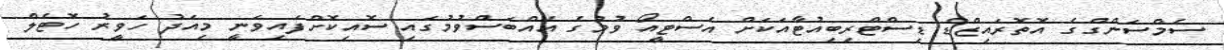
ސެމްސަންގްގެ އޮތޮރައިޒްޑް ޑިސްޓްރިބިއުޓާއަކަށް އެސްޓީއޯ ވުމުގެ އެއްބަސްވުމުގައި ސޮއިކޮށްފައިވަނީ މިއަދު ހަވީރު ހޮޓެލް